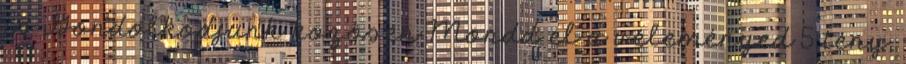
is Gondolkodjunk közösen Mondd el a véleményed 5 tény,